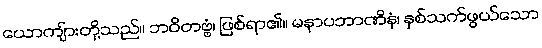
ယောကျ်ားတို့သည်။ ဘဝိတဗ္ဗံ၊ ဖြစ်ရာ၏။ မနာပဘာဏိနံ၊ နှစ်သက်ဖွယ်သော